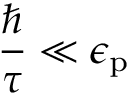
{ \frac { \hbar } { \tau } } \ll \epsilon _ { \mathrm { { p } } }